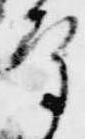
守